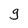
Character: g